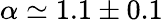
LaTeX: \alpha\simeq 1.1\pm 0.1